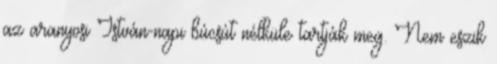
az aranyosi István-napi búcsút nélküle tartják meg. Nem eszik